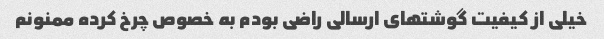
خیلی از کیفیت گوشتهای ارسالی راضی بودم‌ به خصوص چرخ کرده ممنونم